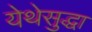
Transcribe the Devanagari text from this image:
येथेसुद्धा